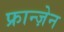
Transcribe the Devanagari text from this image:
फ्रान्ज़ेन